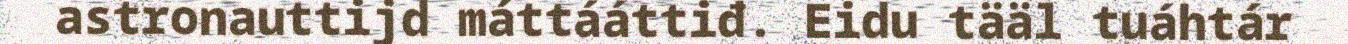
astronauttijd máttááttiđ. Eidu tääl tuáhtár